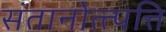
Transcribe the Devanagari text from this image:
संतानोत्त्पत्ति